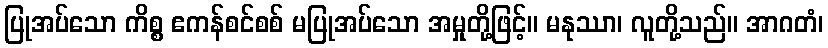
ပြုအပ်သော ကိစ္စ ဧကန်စင်စစ် မပြုအပ်သော အမှုတို့ဖြင့်။ မနုဿာ၊ လူတို့သည်။ အာဂတံ၊